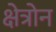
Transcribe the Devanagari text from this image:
क्षेत्रोन